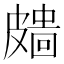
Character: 𥀖